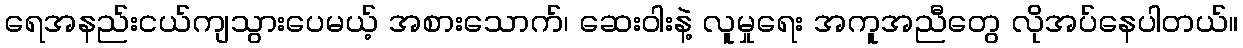
ရေအနည်းငယ်ကျသွားပေမယ့် အစားသောက်၊ ဆေးဝါးနဲ့ လူမှုရေး အကူအညီတွေ လိုအပ်နေပါတယ်။